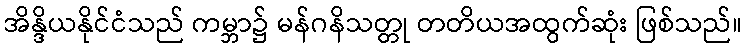
အိန္ဒိယနိုင်ငံသည် ကမ္ဘာ၌ မန်ဂနိသတ္တု တတိယအထွက်ဆုံး ဖြစ်သည်။